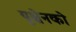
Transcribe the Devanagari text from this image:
यूश्चेनको